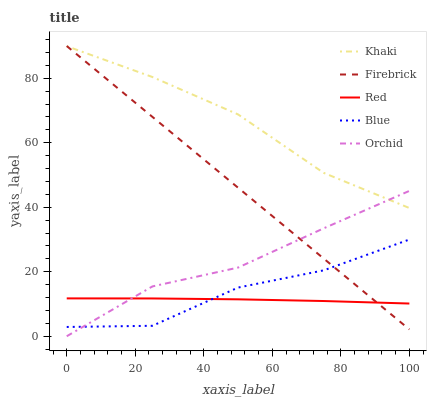
| xaxis_label | Khaki | Firebrick | Red | Blue | Orchid |
 | --- | --- | --- | --- | --- | --- |
 | 0 | 89.9 | 90 | 11.7 | 2.88 | 0 |
 | 25 | 80.4 | 68 | 11.7 | 3.24 | 15.5 |
 | 50 | 68.8 | 46.1 | 11.4 | 15.1 | 21.3 |
 | 75 | 50.7 | 24.1 | 10.9 | 20.4 | 33.5 |
 | 100 | 39.8 | 2.12 | 10.1 | 30 | 45.1 |